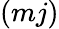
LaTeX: (mj)